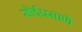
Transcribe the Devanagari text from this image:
सोईप्रमाणे